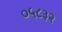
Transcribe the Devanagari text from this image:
०५८३२